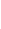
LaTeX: F\! \! \! \! \! \! \! \! \! \! \! \! ^{\! }\! \! \! \! \! \! \! \! \! \! \! +f\! \! \! \! \! \! \! \! \! \! \! \! (\! \! \! \! \! \! \! \! \! \! \! \! \mathbf{x}\! \! \! \! \! \! \! \! \! \! \! \! _{\! }\! \! \! \! \! \! \! \! \! \! \! 0\! \! \! \! \! \! \! \! \! \! \! \! )\! \! \! \! \! \! \! \! \! \! \! \! \! \! \! \! \! \! \! \! \! \! \! \! =\! \! \! \! \! \! \! \! \! \! \! \! \! \! \! \! \! \! \! \! \! \! \! \! 0\! \! \! \! \! \! \! \! \! \! \!